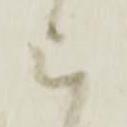
被